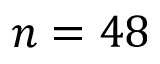
n = 4 8